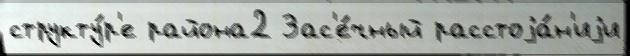
структу́р'е района2 Зас'е́чный расстоjа́н'иjи